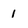
Character: 1